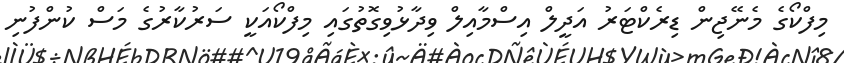
މިފްކޯގެ މެނޭޖިން ޑިރެކްޓަރު އަދީލް އިސްމާއިލް ވިދާޅުވިގޮތުގައި މިފްކޯއަކީ ސަރުކާރުގެ މަސް ކުންފުނި